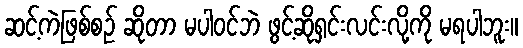
ဆင့်ကဲဖြစ်စဉ် ဆိုတာ မပါဝင်ဘဲ ဖွင့်ဆိုရှင်းလင်းလို့ကို မရပါဘူး။